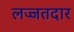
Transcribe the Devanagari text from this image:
लज्जतदार